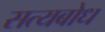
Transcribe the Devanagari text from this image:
सत्यबोध